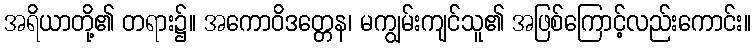
အရိယာတို့၏ တရား၌။ အကောဝိဒတ္တေန၊ မကျွမ်းကျင်သူ၏ အဖြစ်ကြောင့်လည်းကောင်း။